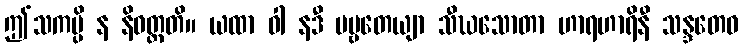
ဤသကမ္ပိ န နိဝတ္တတိ။ ယထာ ဝါ နဒီ ပဗ္ဗတေယျာ သီဃသောတာ ဟာရဟာရိနီ သန္ဒတေဝ